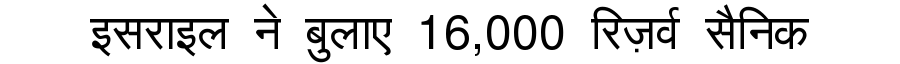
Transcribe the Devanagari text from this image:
इसराइल ने बुलाए 16,000 रिज़र्व सैनिक